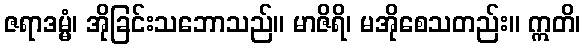
ဇရာဒမ္မံ၊ အိုခြင်းသဘောသည်။ မာဇိရိ၊ မအိုစေသတည်း။ ဣတိ၊